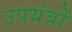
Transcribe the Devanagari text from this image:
उपयंत्रों